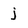
Character: j